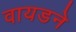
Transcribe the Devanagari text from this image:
वायडने